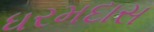
ધરમદાસ